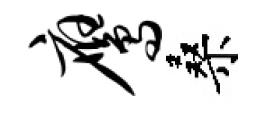
鹰桑